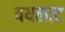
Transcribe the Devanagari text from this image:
वयलाट